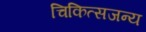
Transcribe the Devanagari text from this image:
चिकित्सजन्य